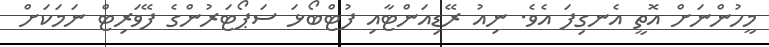
މީހުންނަށް އޮތީ އެނގިފަ އެވެ. ނިއު ރޭޑިއަންޓާއި ފުޓްބޯޅަ ސަޕޯޓަރުންގެ ފޭވަރިޓް ނަމަކަށް